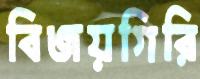
বিজয়গিরি